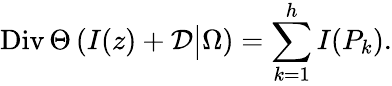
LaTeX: \mathrm{Div}\, \Theta\left(I(z)+{\cal D}\big|\Omega\right)=\sum_{k=1}^{h}I(P_{k}).